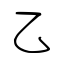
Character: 乙